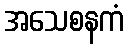
အသေစနကံ